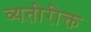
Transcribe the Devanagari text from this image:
व्यतीरीक्त